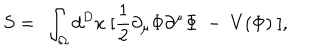
LaTeX: S = ~ \int _ { \Omega } d ^ { D } x ~ [ \frac { 1 } { 2 } \partial _ { \mu } \Phi \partial ^ { \mu } \Phi ~ - ~ V ( \Phi ) ~ ] ,